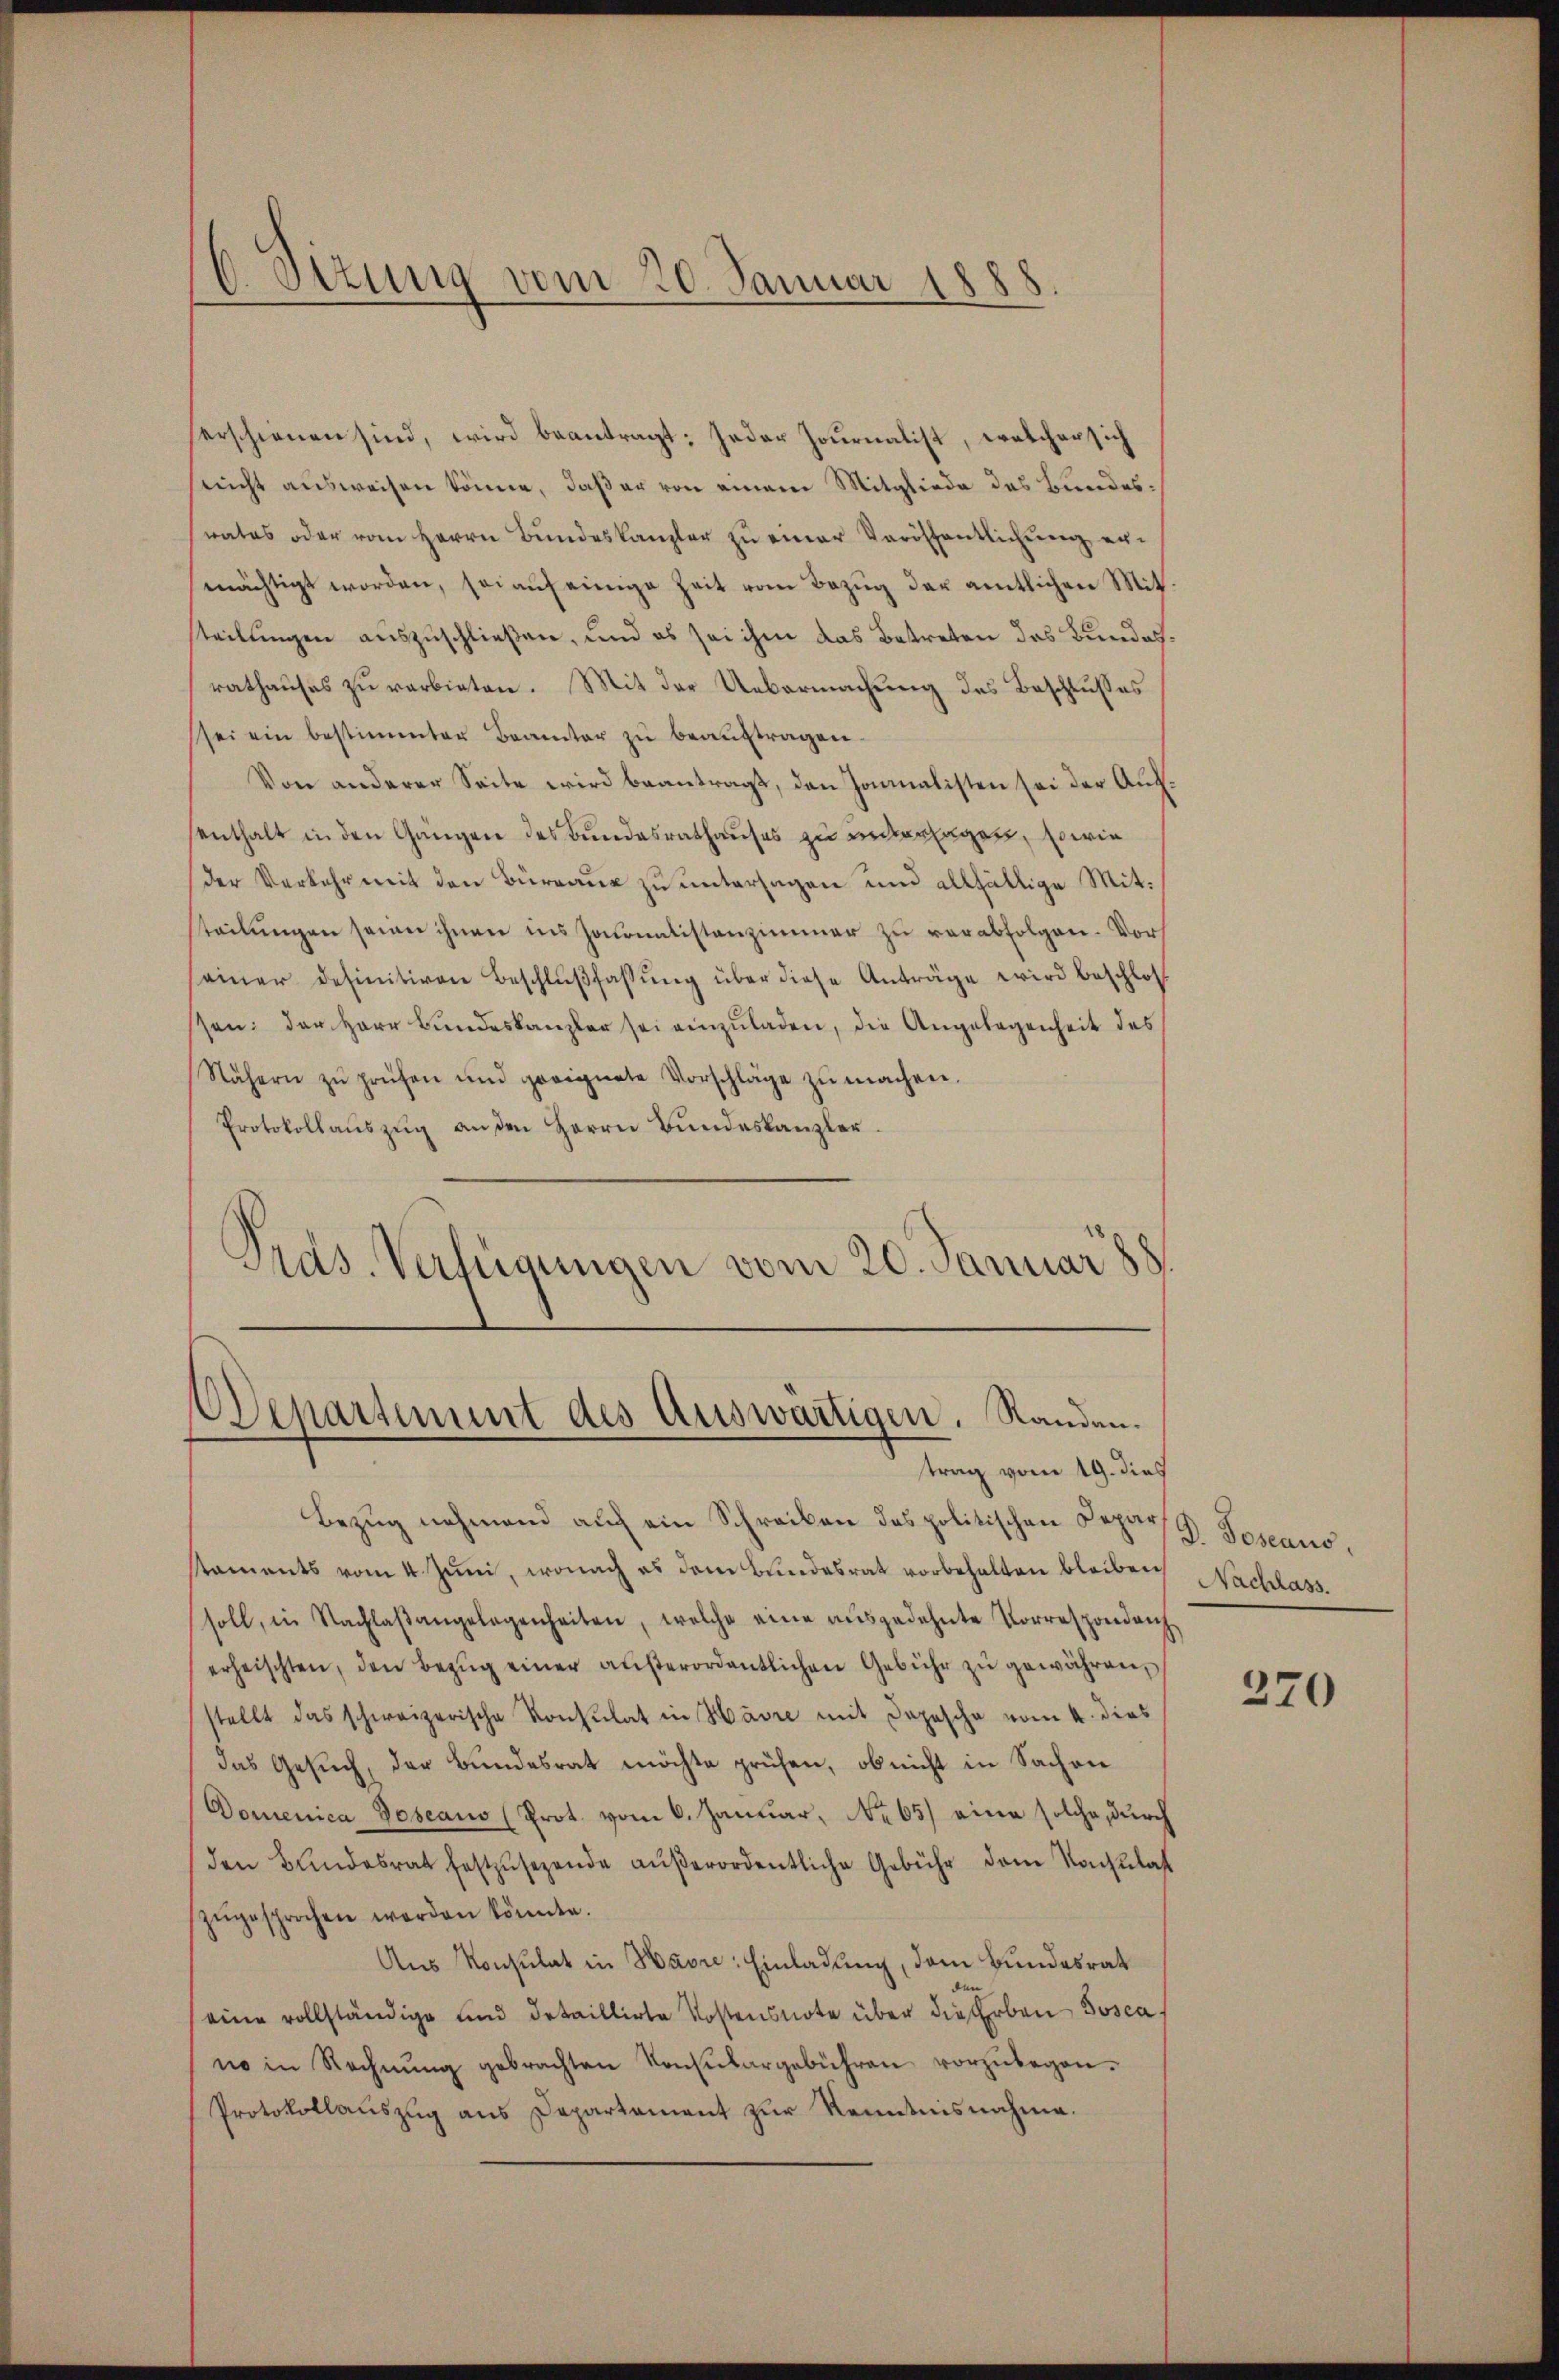
C. Situng vom 20. Januar 1888

erschienen sind, wird beantragt: Jeder Journalist, welcher sich
nicht ausweisen könne, daß er von einem Mitgliede des Bundesrates oder vom Herrn Bŭndeskanzler zŭ einer Veröffentlichung ermächtigt worden, sei auf einige Zeit vom Bezug der amtlichen Mit
teilungen auszuschließen, und es sei ihm das Betreten das Bundes
rathauses zu verbieten. Mit der Uebermachung des Beschlusses
sei ein bestimmter Beamter zŭ beaŭftragen.
Von anderer Seite wird beantragt, den Jonialisten sei der Aufenthalt in den Gangen des Bundesrathauses zu unerlagen, sowie
der Verkehr mit den Büreaus zu untersagen und allfällige Mitsteilŭngen seien ihnen ins Journalistenzimmer zŭ verabfolgen. Vor
einer definitiven Beschlŭβfassŭng über diese Anträge wird beschloss
sen: der Herr Bundeskanzler sei einzŭladen, die Angelegenheit des
Nähern zŭ prüfen und geeignete Vorschläge zŭ machen.
Protokollaŭszŭg an den Herrn Bŭndeskanzler
Prds. Verfügungen vom 20. Januar 188

Departement des Auswärtigen. Randen.
trag vom 19. dies

Bezug nehmend auf ein Schreiben des politischen Depar
kaments vom 4. Juni, wonach es dem Bundesrat vorbehalten bleiben Nachlass.
soll, in Nachlaβangelegenheiten, welche eine aŭsgedehnte Vorrespondenz
erheischten, den Bezŭg einer außerordentlichen Gebühr zu gewähren,
stellt das schweizerische Konsulat in Havre mit Depesche vom 4. dies
das Gesuch, der Bundesrat möchte prüfen, ob nicht in Sachen
Domenica Doseaus (Prot. vom 6. Januar, No 65) eine solche, durch
den Bundesrat festzŭsezende aŭβerordentliche Gebühr dem Konsulas
zŭgesprochen worden könnte.
Aus Konsulat in Havre: Einladung, dem Bundesrat
eine vollständige und detaillirte Kostensnote über die Erben Josca,
no in Rechnŭng gebrachten Konsŭlargebühren vorzŭbegon¬
Protokollauszug aus Departament zur Kenntnisnahme.

D. Joseaus,

270